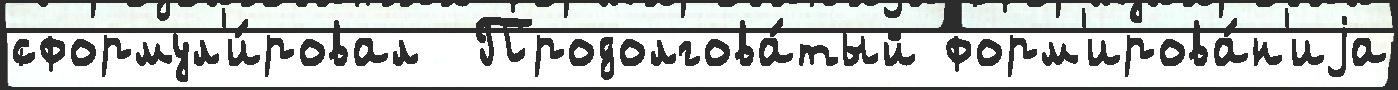
сформул'и́ровал  Продолгова́тый форм'ирова́н'иjа